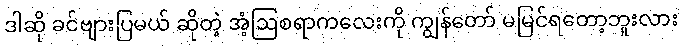
ဒါဆို ခင်ဗျားပြမယ် ဆိုတဲ့ အံ့ဩစရာကလေးကို ကျွန်တော် မမြင်ရတော့ဘူးလား